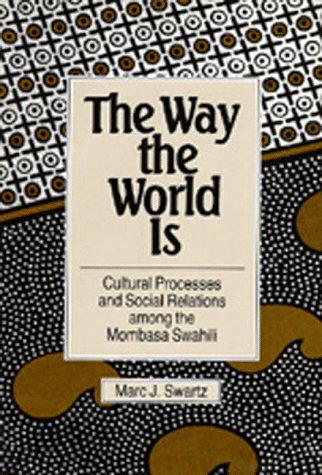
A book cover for The Way the World Is: Cultural Processes and Social Relations among the Mombasa Swahili; Marc J. Swartz; History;